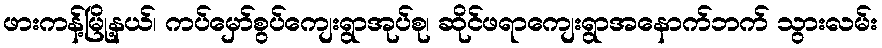
ဖားကန့်မြို့နယ်၊ ကပ်မှော်စွပ်ကျေးရွာအုပ်စု၊ ဆိုင်ဖရာကျေးရွာအနောက်ဘက် သွားလမ်း